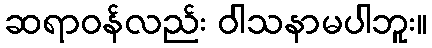
ဆရာဝန်လည်း ဝါသနာမပါဘူး။